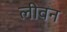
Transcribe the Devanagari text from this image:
लीवन